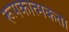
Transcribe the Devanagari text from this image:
रूपकात्मकता